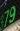
79